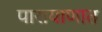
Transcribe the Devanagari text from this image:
पारायाणात